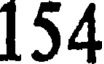
154